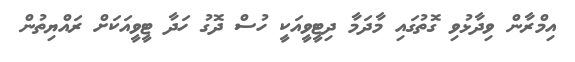
އިމްރާން ވިދާޅުވި ގޮތުގައި މާދަމާ ދިޓީވީއަކީ ހުސް ދޮގު ހަދާ ޓީވީއަކަށް ރައްޔިތުން